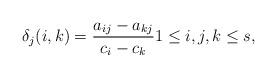
LaTeX: \begin{align*}\delta_j(i,k) = \frac{a_{ij}-a_{kj}}{c_i-c_k} 1\leq i,j,k\leq s,\end{align*}